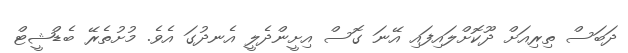
ދަބަސް ތިރިއަށް ދޫކޮށްލައިފައި އޭނަ ގޮސް އިށީންދެލީ އެނދުގަ އެވެ. މުށުތެރޭ ބެޑްޝީޓް